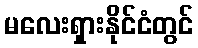
မလေးရှားနိုင်ငံတွင်